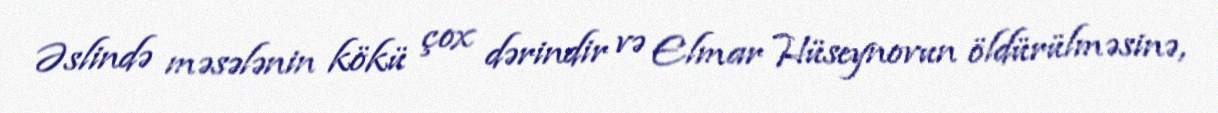
Əslində məsələnin kökü çox dərindir və Elmar Hüseynovun öldürülməsinə,